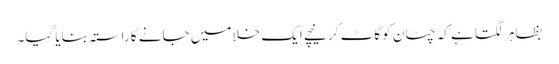
بظاہر لگتا ہے کہ چٹان کو کاٹ کر نیچے ایک خلا میں جانے کا راستہ بنایا گیا۔